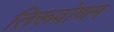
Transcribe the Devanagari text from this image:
तिरूवोणम